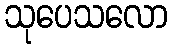
သုပေသလော